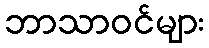
ဘာသာဝင်များ